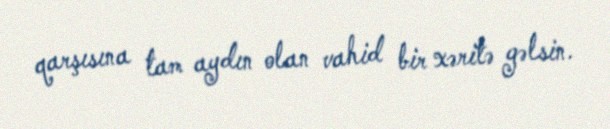
qarşısına tam aydın olan vahid bir xəritə gəlsin.